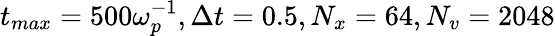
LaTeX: t_{max}=500\omega_{p}^{-1},\Delta t=0.5,N_{x}=64,N_{v}=2048